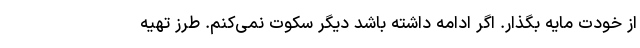
از خودت مایه بگذار. اگر ادامه داشته باشد دیگر سکوت نمی‌کنم. طرز تهیه